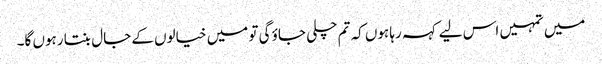
میں تمہیں اس لیے کہہ رہا ہوں کہ تم چلی جاؤ گی تو میں خیالوں کے جال بنتا رہوں گا۔